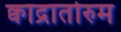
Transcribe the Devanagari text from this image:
क्वाद्रातोरुम